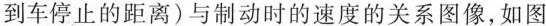
到车停止的距离)与制动时的速度的关系图像，如图